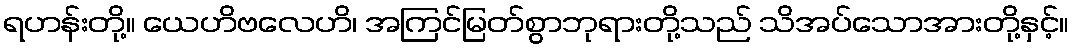
ရဟန်းတို့။ ယေဟိဗလေဟိ၊ အကြင်မြတ်စွာဘုရားတို့သည် သိအပ်သောအားတို့နှင့်။